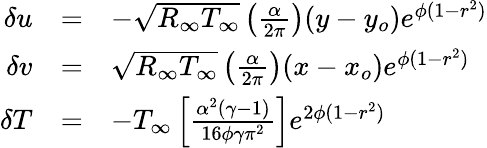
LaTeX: \begin{array}{r}{\begin{array}{rcl}{\delta u}&{=}&{-\sqrt{R_{\infty}T_{\infty}}\left(\frac{\alpha}{2\pi}\right)(y-y_{o})e^{\phi(1-r^{2})}}\\ {\delta v}&{=}&{\sqrt{R_{\infty}T_{\infty}}\left(\frac{\alpha}{2\pi}\right)(x-x_{o})e^{\phi(1-r^{2})}}\\ {\delta T}&{=}&{-T_{\infty}\left[\frac{\alpha^{2}(\gamma-1)}{16\phi\gamma\pi^{2}}\right]e^{2\phi(1-r^{2})}}\end{array}}\end{array}